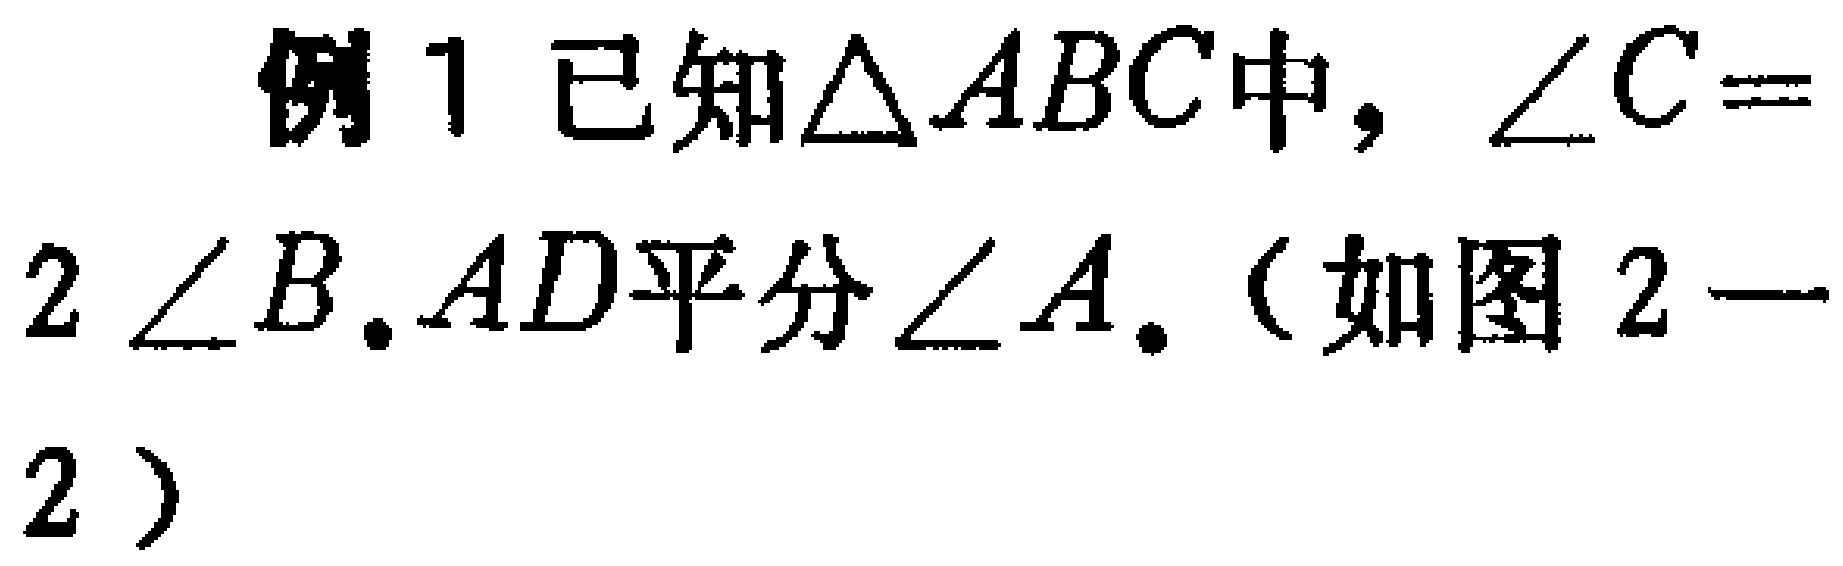
例1 已知$\triangle ABC$中，$\angle C = 2\angle B$. $AD$平分$\angle A$.（如图2 - 2）